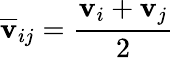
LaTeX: \mathbf{\overline{{v}}}_{ij}=\frac{\mathbf{v}_{i}+\mathbf{v}_{j}}{2}